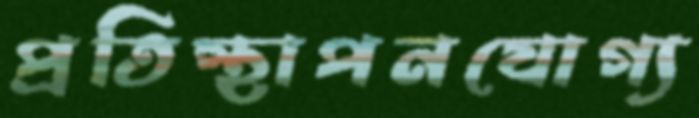
প্রতিস্থাপনযোগ্য